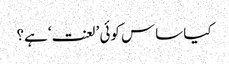
کیا ساس کوئی ’لعنت‘ ہے؟